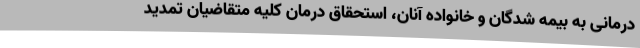
درمانی به بیمه شدگان و خانواده آنان، استحقاق درمان کلیه متقاضیان تمدید